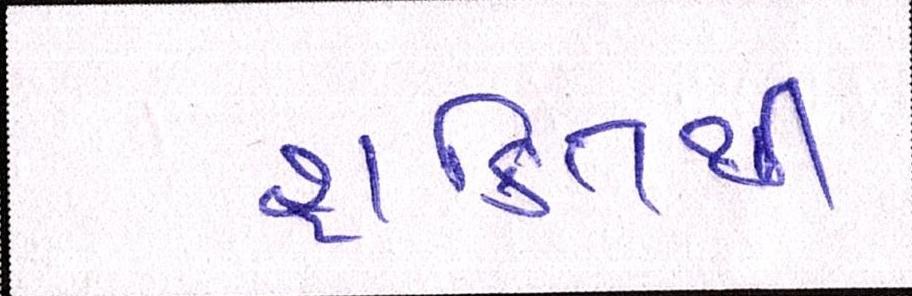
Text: શક્તિથી